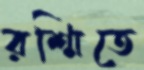
রশ্মিতে